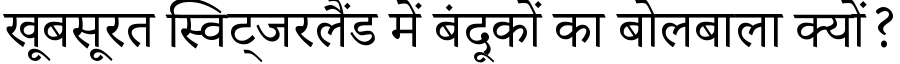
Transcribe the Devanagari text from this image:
खूबसूरत स्विट्जरलैंड में बंदूकों का बोलबाला क्यों?